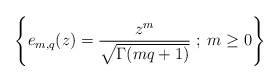
\begin{align*}\left\{ e_{m,q} (z)= \frac{z^m}{\sqrt{\Gamma(mq+1)}}\; ;\; m\geq 0 \right\}\end{align*}